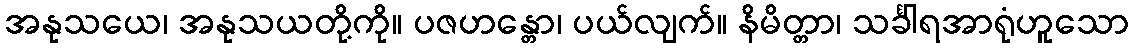
အနုသယေ၊ အနုသယတို့ကို။ ပဇဟန္တော၊ ပယ်လျက်။ နိမိတ္တာ၊ သင်္ခါရအာရုံဟူသော